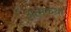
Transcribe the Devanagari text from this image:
अत्मकथा